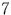
7